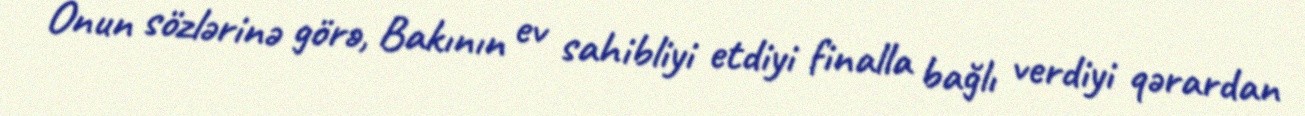
Onun sözlərinə görə, Bakının ev sahibliyi etdiyi finalla bağlı verdiyi qərardan